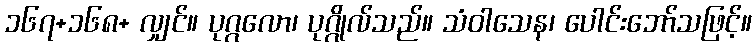
၁၆၇+၁၆၈+ လျှင်။ ပုဂ္ဂလော၊ ပုဂ္ဂိုလ်သည်။ သံဝါသေန၊ ပေါင်းဘော်သဖြင့်။